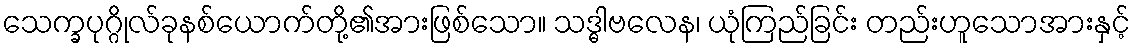
သေက္ခပုဂ္ဂိုလ်ခုနစ်ယောက်တို့၏အားဖြစ်သော။ သဒ္ဓါဗလေန၊ ယုံကြည်ခြင်း တည်းဟူသောအားနှင့်